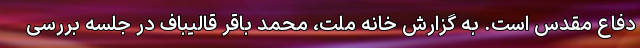
دفاع مقدس است. به گزارش خانه ملت، محمد باقر قالیباف در جلسه بررسی